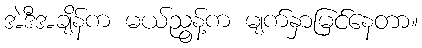
အဲဒီအချိန်က မယ်ညွန့်က မျက်နှာမြင်နေတာ။